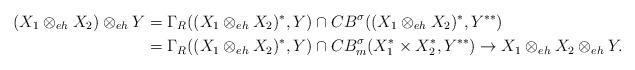
LaTeX: \begin{align*}(X_1\otimes_{eh}X_2)\otimes_{eh}Y&=\Gamma_R((X_1\otimes_{eh}X_2)^*,Y)\cap CB^{\sigma}((X_1\otimes_{eh}X_2)^*,Y^{**})\\&=\Gamma_R((X_1\otimes_{eh}X_2)^*,Y)\cap CB_m^{\sigma}(X_1^*\times X_2^*, Y^{**})\to X_1\otimes_{eh}X_2\otimes_{eh}Y.\end{align*}